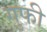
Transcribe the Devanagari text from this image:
गुफी